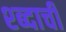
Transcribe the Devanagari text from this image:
श्ब्दाची